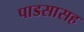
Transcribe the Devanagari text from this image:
पाडसासह